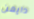
دايمن